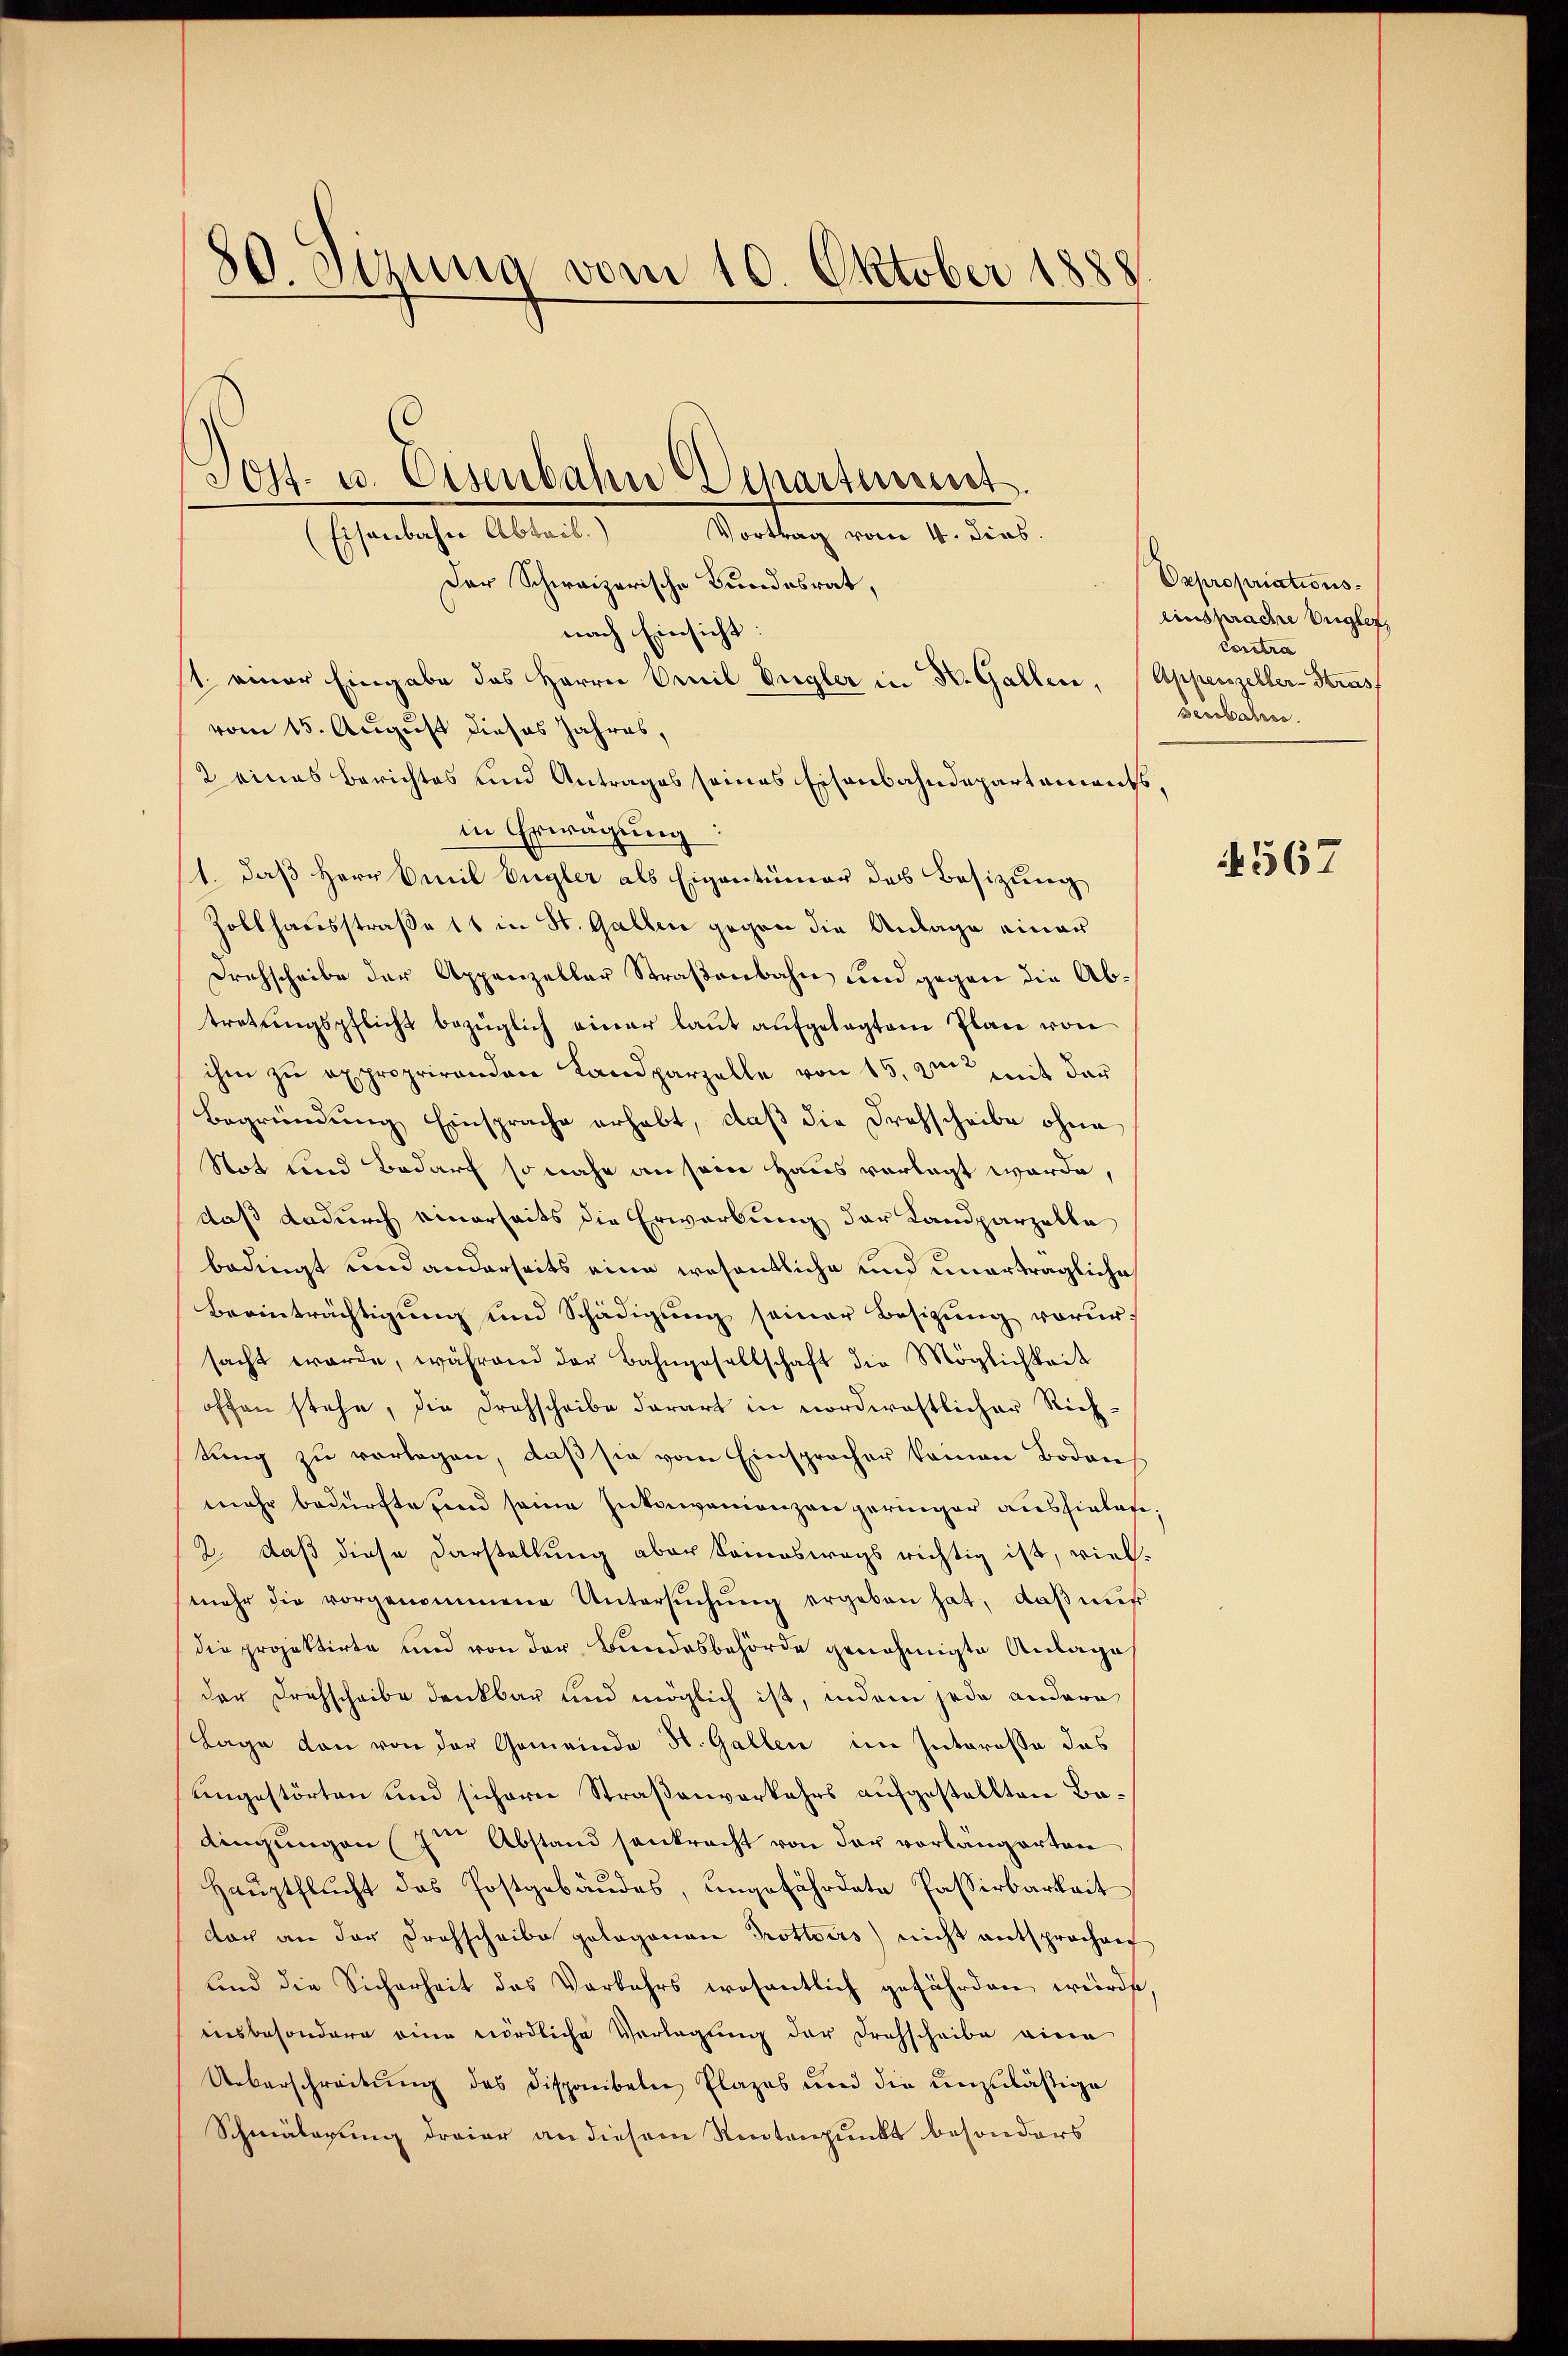
80. Jezung vom 10. Oktober 1888

Der Schweizerische Bundesrat,
nach Einsicht:
st. einer Eingabe des Herrn Omnil Ungler in Nr. Gallen, (Appenzeller-Stras
vom 15. August dieses Jahres,
2 eines Berichtes und Antrages seines Eisenbahndepartements,
in Erwägung:
1. daß Herr Emil Eugler als Eigentümer das Besizung
Zollhausstraße 11 in St. Gallen gegen die Anlage einer
Drehscheibe der Appenzeller Straßenbahn und gegen die Abtretŭngspflicht bezüglich einer laŭt aŭfgelegtem Plan von
ihm zu exproprirenden Landparzelle von 15. den mit der
Begründung Einsprache erhabt, daß die Drohscheibe ohne
Not und Bedarf so nahe an sein Haus vorlegt werde,
daß dadurch einerseits die Erwarbung der Landparzelle
bedingt und anderseits eine wesentliche und unerträgliche
Beeinträchtigung und Schädigung seiner Besizung vorursacht werde, während der Bahngesellschaft die Möglichkeit
offen stehe, die Drohscheibe darart in norderastlicher Rich-
tung zu vorlagen, daß sie vom Einspracher kamen Bodens
mehr bedürfte und seine Inkonvenienzen geringer ausfielen,
2. daß diese Darstellung aber keineswegs richtig ist, vielmehr die vorgenommene Untersŭchŭng ergeben hat, daß mir
die projektirte und von der Bundesbehörde genehmigte Anlage
der Drehscheibe denkbar und möglich ist, indem jede andere
Lage von von der Gemeinde Hr. Gallen im Interesse das
engestörten und sichern Straßenverkehrs aufgestellten Badingungen 7ten Abstand senkracht von der vorlängerten
Haŭptflŭcht das Postgebäŭdes, eingefährdete Passirbarkeit
dor an der Drohschreibe gelogenen Trottoirs) nicht entsprochen
und die Sicherheit des Vorkehrs wesentlich gefährden würde,
insbesondere eine nördliche Verlegung der Drohscheibe viere
Ueberschreibŭng des Disponibeln Plazes und die unzuläßige
Schmälerung draier an diesem Rentenpunkt besonders

Poff. u. Eisenbahn Departeiiscret.
Vortrag vom 4. dies.
Eisenbahn Abteil.)

Dxpropriationseinsprache Ungler,
Contra
senbahn.

4567